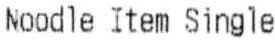
NOODLE ITEM SINGLE